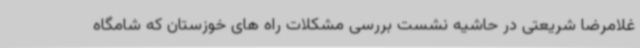
غلامرضا شریعتی در حاشیه نشست بررسی مشکلات راه های خوزستان که شامگاه